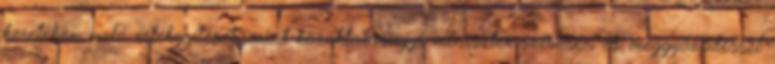
keretében való értékesítését, mint közoktatásügyi miniszter szívesen és meggyőződéssel